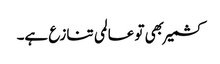
کشمیر بھی تو عالمی تنازع ہے۔